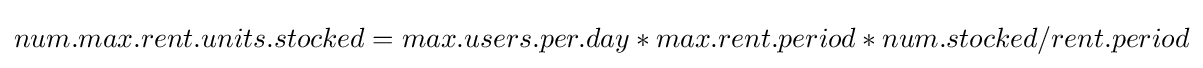
num.max.rent.units.stocked=max.users.per.day*max.rent.period*num.stocked/rent.period